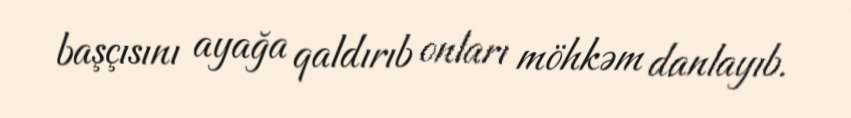
başçısını ayağa qaldırıb onları möhkəm danlayıb.